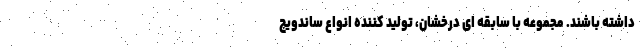
داشته باشند. مجموعه با سابقه ای درخشان، تولید کننده انواع ساندویچ